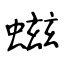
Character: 螆